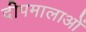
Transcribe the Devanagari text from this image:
दीपमालाओं